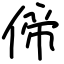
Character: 偙